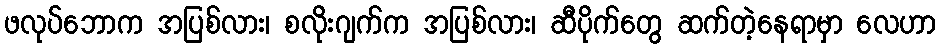
ဖလုပ်ဘောက အပြစ်လား၊ စလိုးဂျက်က အပြစ်လား၊ ဆီပိုက်တွေ ဆက်တဲ့နေရာမှာ လေဟာ